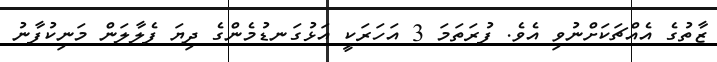
ޒާތުގެ އެއްޗަކަށްނުވި އެވެ. ފުރަތަމަ 3 އަހަރަކީ އަޅުގަނޑުމެންގެ ދިޔަ ފެލާލަން މަނިކުފާނު